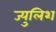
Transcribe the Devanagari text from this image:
ज्युलिश